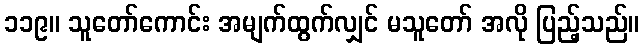
၁၁၉။ သူတော်ကောင်း အမျက်ထွက်လျှင် မသူတော် အလို ပြည့်သည်။